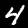
Digit: 4